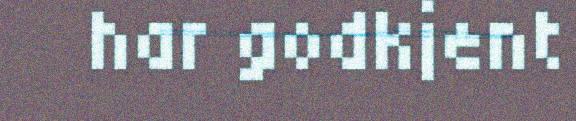
har godkjent